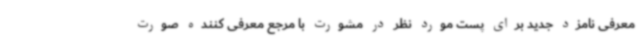
معرفی نامزد جدید برای پست مورد نظر در مشورت با مرجع معرفی کننده صورت